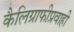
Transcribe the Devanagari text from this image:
कैलिग्राफीप्रवाही